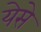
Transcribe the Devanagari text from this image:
येसे